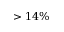
> 1 4 \%